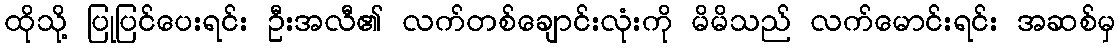
ထိုသို့ ပြုပြင်ပေးရင်း ဦးအလီ၏ လက်တစ်ချောင်းလုံးကို မိမိသည် လက်မောင်းရင်း အဆစ်မှ